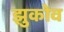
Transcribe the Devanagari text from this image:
झुकोव